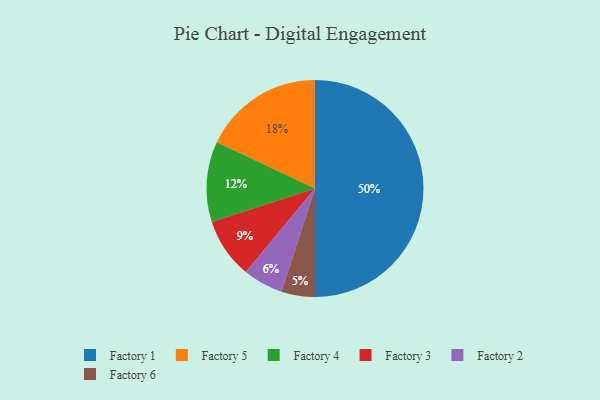
{"axis": {"x": "Category", "y": "Percentage"}, "legend": ["Factory 1", "Factory 2", "Factory 3", "Factory 4", "Factory 5", "Factory 6"], "data": [{"x": "Factory 6", "y": 5, "type": "Factory 6"}, {"x": "Factory 4", "y": 12, "type": "Factory 4"}, {"x": "Factory 1", "y": 50, "type": "Factory 1"}, {"x": "Factory 3", "y": 9, "type": "Factory 3"}, {"x": "Factory 5", "y": 18, "type": "Factory 5"}, {"x": "Factory 2", "y": 6, "type": "Factory 2"}]}